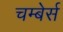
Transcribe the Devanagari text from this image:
चम्बेर्स